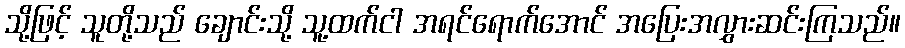
သို့ဖြင့် သူတို့သည် ချောင်းသို့ သူ့ထက်ငါ အရင်ရောက်အောင် အပြေးအလွှားဆင်းကြသည်။